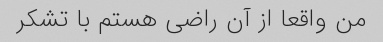
من واقعا از آن راضی هستم با تشکر